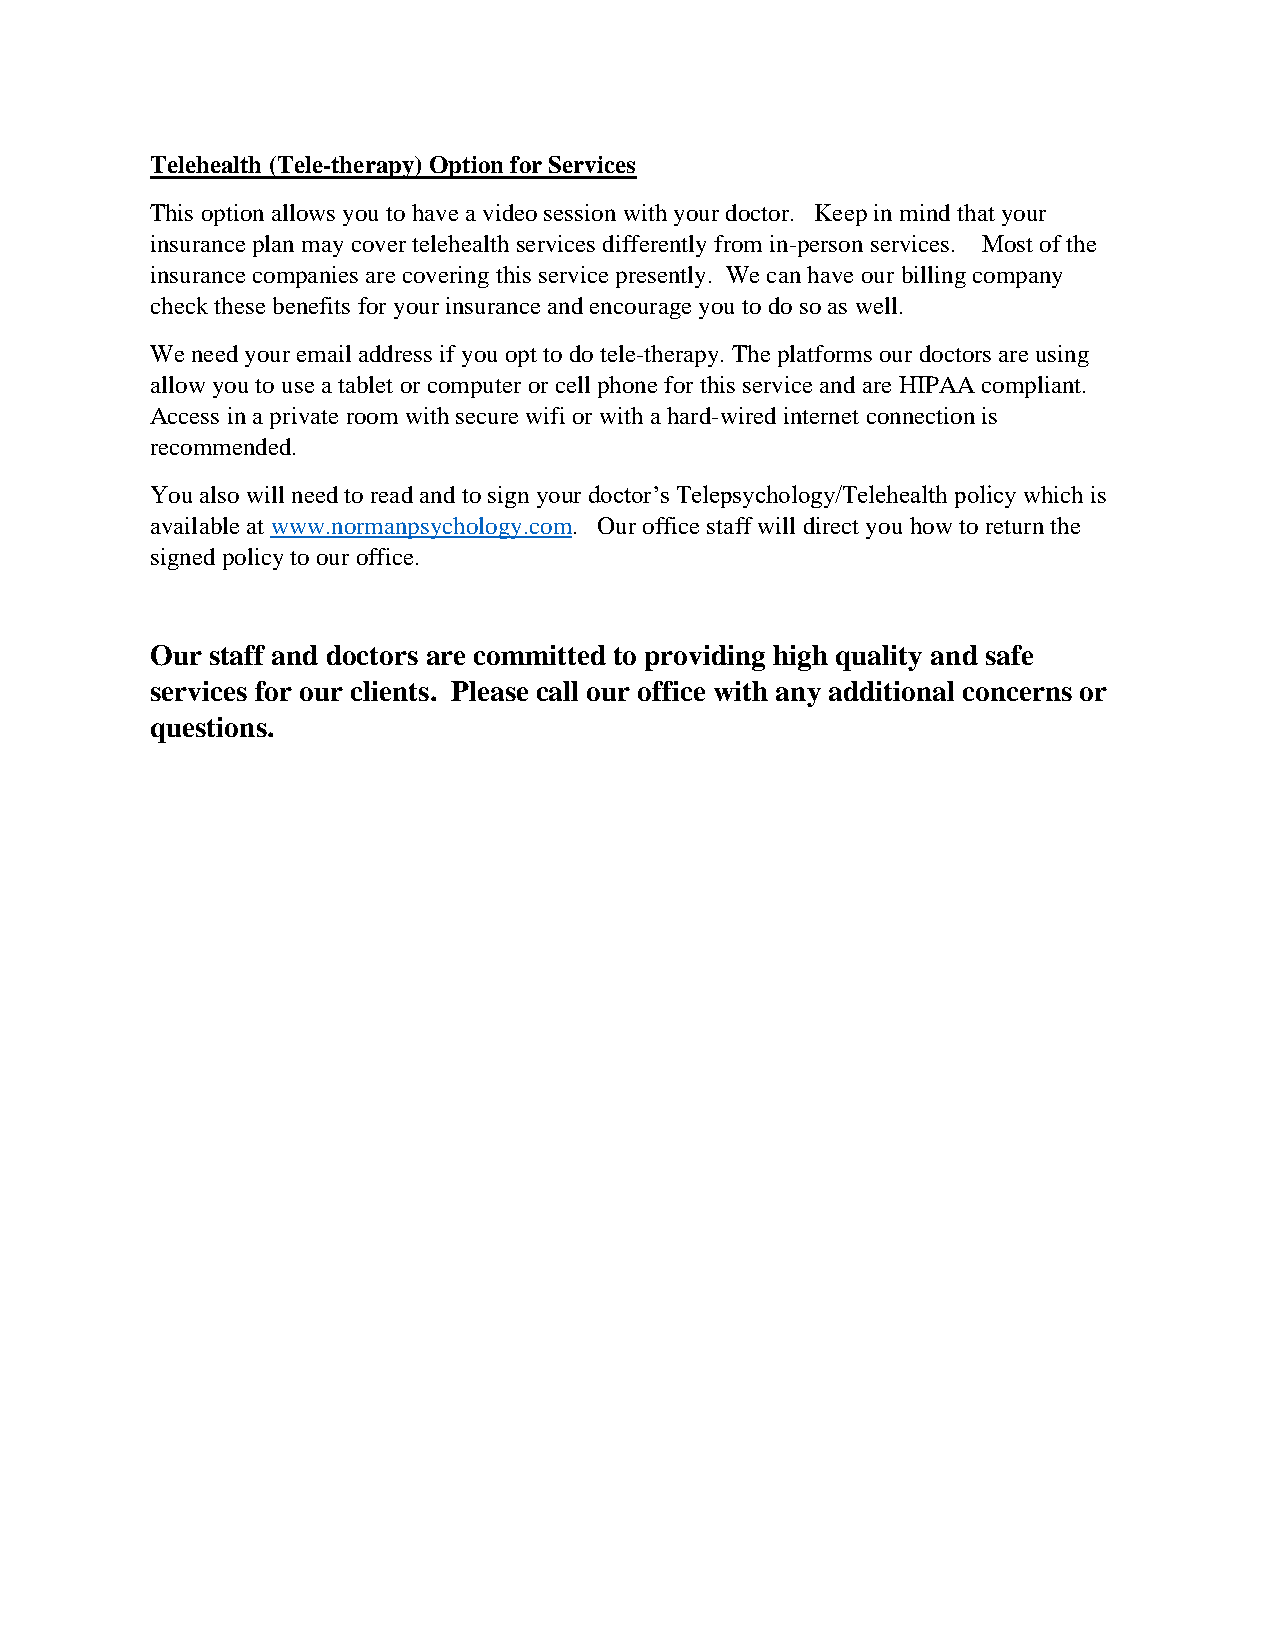
Telehealth (Tele-therapy) Option for Services
 This option allows you to have a video session with your doctor. Keep in mind that your
 insurance plan may cover telehealth services differently from in-person services. Most of the
 insurance companies are covering this service presently. We can have our billing company
 check these benefits for your insurance and encourage you to do so as well.
 We need your email address if you opt to do tele-therapy. The platforms our doctors are using
 allow you to use a tablet or computer or cell phone for this service and are HIPAA compliant.
 Access in a private room with secure wifi or with a hard-wired internet connection is
 recommended.
 You also will need to read and to sign your doctor’s Telepsychology/Telehealth policy which is
 available at www.normanpsychology.com. Our office staff will direct you how to return the
 signed policy to our office.
 Our staff and doctors are committed to providing high quality and safe
 services for our clients. Please call our office with any additional concerns or
 questions.